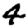
Digit: 4